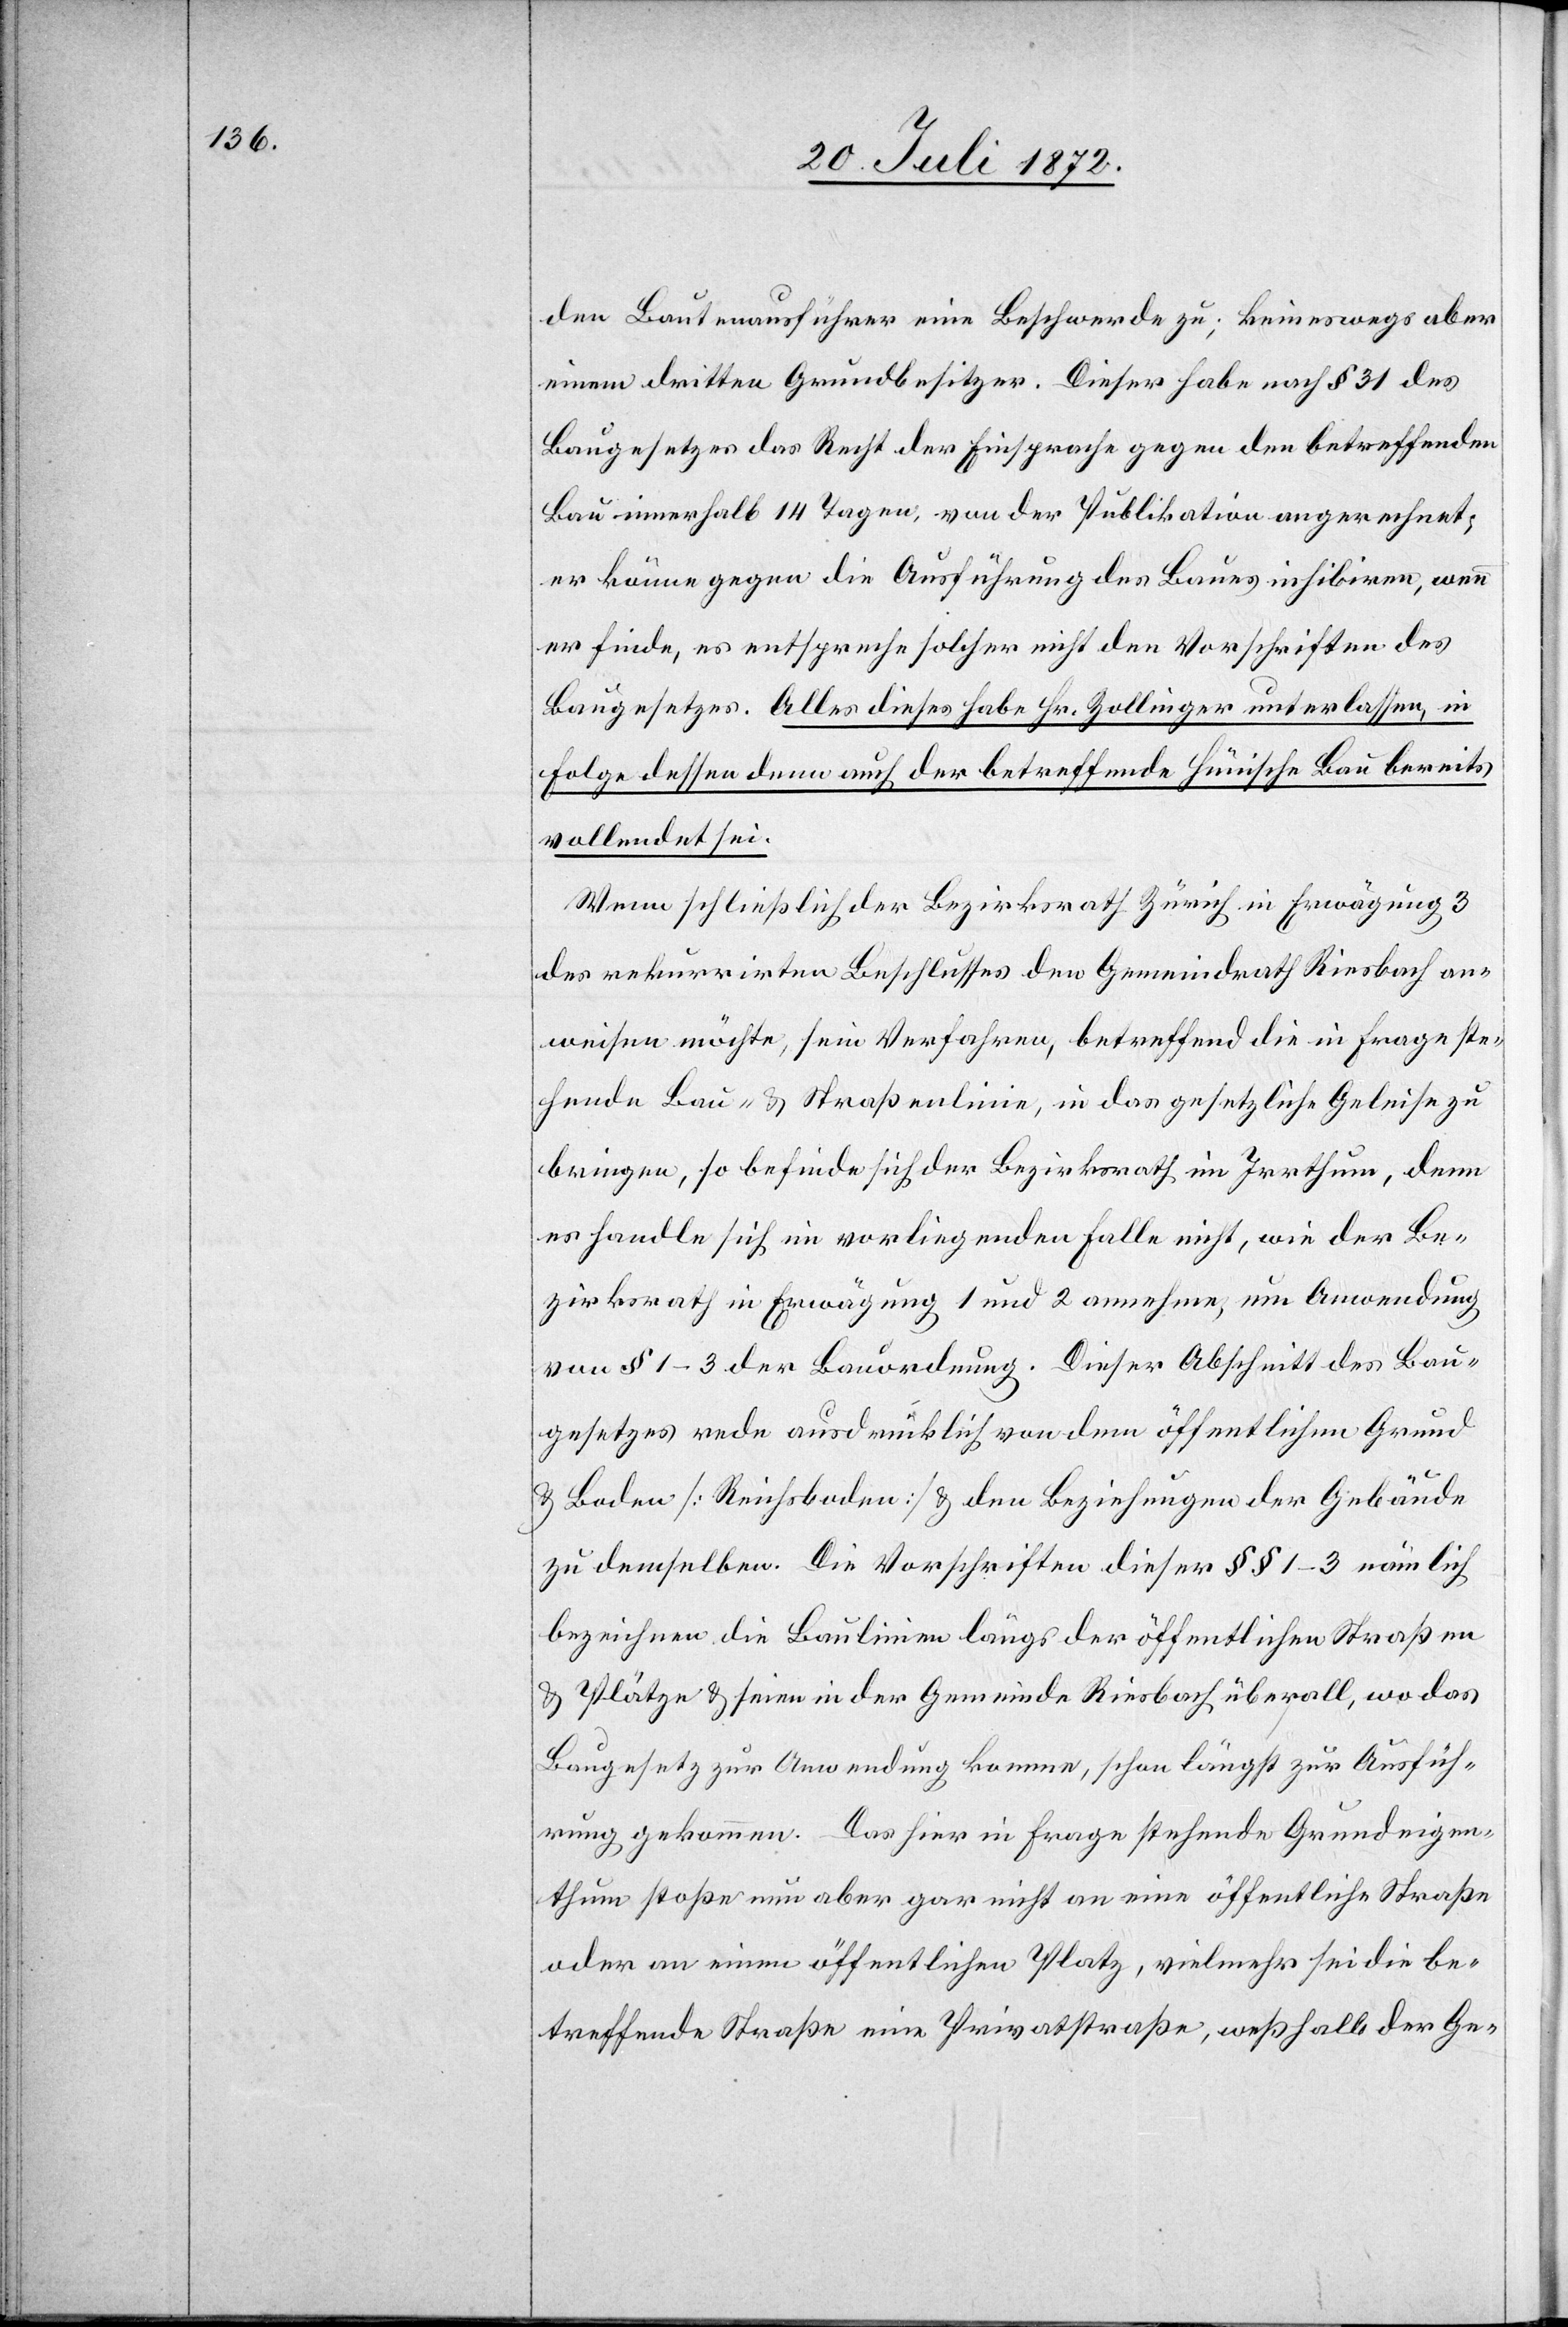
den Bautenausführer eine Beschwerde zu; keineswegs aber
einem dritten Grundbesitzer. Dieser habe nach § 31 des
Baugesetzes das Recht der Einsprache gegen den betreffenden
Bau innerhalb 14 Tagen, von der Publikation angerechnet
er könne gegen die Ausführung des Baues inhibiren, wenn
er finde, es entspreche solcher nicht den Vorschriften des
Baugesetzes. Alles dieses habe Hr. Zollinger unterlassen, in
Folge dessen denn auch der betreffende Hünische Bau bereits
vollendet sei.
Wenn schließlich der Bezirksrath Zürich in Erwägung 3
des rekurrirten Beschlusses den Gemeindrath Riesbach an¬
weisen möchte, sein Verfahren, betreffend die in Frage ste¬
hende Bau- u. Straßenlinie, in das gesetzliche Geleise zu
bringen, so befinde sich der Bezirksrath im Irrthum, denn
es handle sich im vorliegenden Falle nicht, wie der Be¬
zirksrath in Erwägung 1 und 2 annehme, um Anwendung
von § 1–3 der Bauordnung. Dieser Abschnitt des Bau¬
gesetzes rede ausdrücklich von dem öffentlichen Grund
u. Boden [Reichsboden] u. den Beziehungen der Gebäude
zu demselben. Die Vorschriften dieser §§ 1–3 nämlich
bezeichnen die Baulinien längs der öffentlichen Straßen
Plätze u. seien in der Gemeinde Riesbach überall, wo das
Baugesetz zur Anwendung komme, schon längst zur Ausfüh¬
rung gekommen. Das hier in Frage stehende Grundeigen¬
thum stoße nun aber gar nicht an eine öffentliche Straße
oder an einen öffentlichen Platz, vielmehr sei die be¬
treffende Straße eine Privatstraße, weßhalb der Ge-